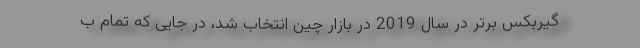
گیربکس برتر در سال 2019 در بازار چین انتخاب شد، در جایی که تمام ب